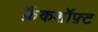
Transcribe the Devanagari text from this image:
क्रैंकशॉफ़्ट